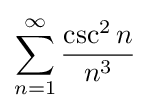
\displaystyle \sum _{n=1}^{\infty }{\frac {\csc ^{2}n}{n^{3}}}